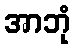
အာဘုံ